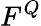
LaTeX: F^{Q}